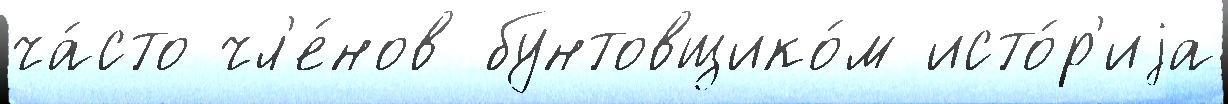
ча́сто чл'е́нов бунтовщико́м исто́р'иjа